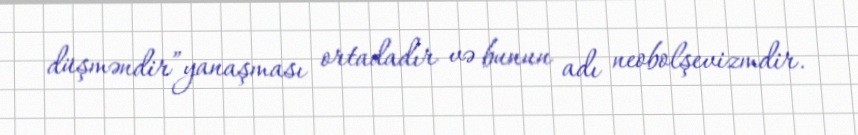
düşməndir”yanaşması ortadadır və bunun adı neobolşevizmdir.